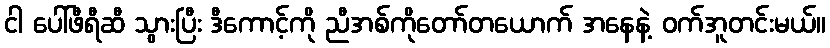
ငါ ပေါ်ဖီရီဆီ သွားပြီး ဒီကောင့်ကို ညီအစ်ကိုတော်တယောက် အနေနဲ့ ဝက်အူတင်းမယ်။